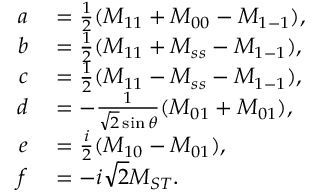
\begin{array} { r l } { a } & { { } = \frac { 1 } { 2 } ( M _ { 1 1 } + M _ { 0 0 } - M _ { 1 - 1 } ) , } \\ { b } & { { } = \frac { 1 } { 2 } ( M _ { 1 1 } + M _ { s s } - M _ { 1 - 1 } ) , } \\ { c } & { { } = \frac { 1 } { 2 } ( M _ { 1 1 } - M _ { s s } - M _ { 1 - 1 } ) , } \\ { d } & { { } = - \frac { 1 } { \sqrt { 2 } \sin \theta } ( M _ { 0 1 } + M _ { 0 1 } ) , } \\ { e } & { { } = \frac { i } { 2 } ( M _ { 1 0 } - M _ { 0 1 } ) , } \\ { f } & { { } = - i \sqrt { 2 } M _ { S T } . } \end{array}